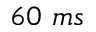
6 0 ~ m s